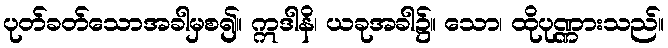
ပုတ်ခတ်သောအခါမှစ၍။ ဣဒါနိ၊ ယခုအခါ၌။ သော၊ ထိုပုဏ္ဏားသည်။